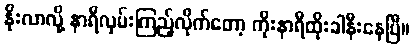
နိုးလာလို့ နာရီလှမ်းကြည့်လိုက်တော့ ကိုးနာရီထိုးခါနီးနေပြီ။